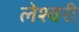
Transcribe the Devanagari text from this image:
लेश्वरी